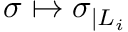
\sigma \mapsto \sigma _ { | L _ { i } }